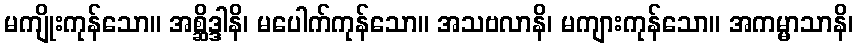
မကျိုးကုန်သော။ အစ္ဆိဒ္ဒါနိ၊ မပေါက်ကုန်သော။ အသဗလာနိ၊ မကျားကုန်သော။ အကမ္မာသာနိ၊